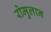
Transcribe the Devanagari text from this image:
रोमुलान